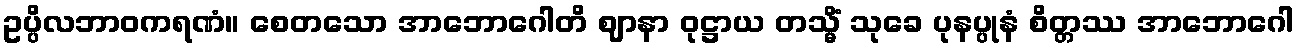
ဥပ္ပိလဘာဝကရဏံ။ စေတသော အာဘောဂေါတိ ဈာနာ ဝုဋ္ဌာယ တသ္မိံ သုခေ ပုနပ္ပုနံ စိတ္တဿ အာဘောဂေါ